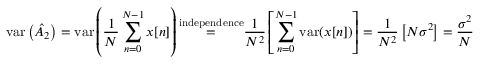
\mathrm { v a r } \left( { \hat { A } } _ { 2 } \right) = \mathrm { v a r } \left( { \frac { 1 } { N } } \sum _ { n = 0 } ^ { N - 1 } x [ n ] \right) { \overset { \mathrm { i n d e p e n d e n c e } } { = } } { \frac { 1 } { N ^ { 2 } } } \left[ \sum _ { n = 0 } ^ { N - 1 } \mathrm { v a r } ( x [ n ] ) \right] = { \frac { 1 } { N ^ { 2 } } } \left[ N \sigma ^ { 2 } \right] = { \frac { \sigma ^ { 2 } } { N } }